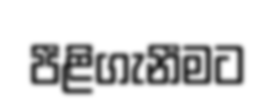
පීළිගැනීමට